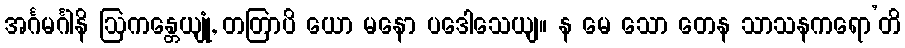
အင်္ဂမင်္ဂါနိ ဩကန္တေယျုံ, တတြာပိ ယော မနော ပဒေါသေယျ။ န မေ သော တေန သာသနကရော’တိ